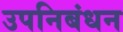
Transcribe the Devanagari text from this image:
उपनिबंधन